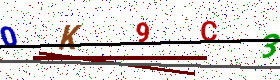
Text: 0K9C3